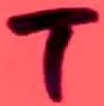
Text: T